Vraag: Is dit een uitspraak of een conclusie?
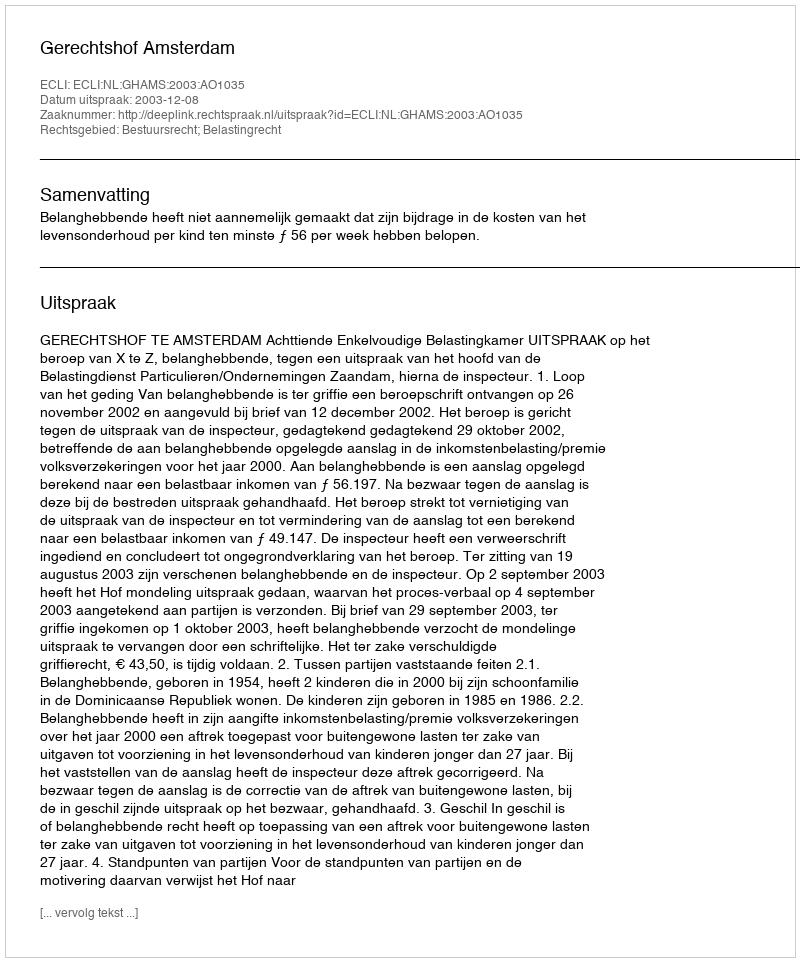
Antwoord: Uitspraak